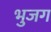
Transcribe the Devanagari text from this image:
भुजग